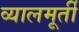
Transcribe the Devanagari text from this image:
व्यालमूर्ती